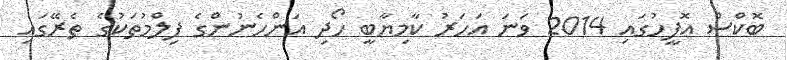
ބޮކްސް އޮފީހުގައި 2014 ވަނަ އަހަރު ކާމިޔާބީ ހޯދި އަންހެނުންގެ ފިލްމުތަކުގެ ތެރޭގައި